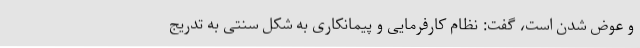
و عوض شدن است، گفت: نظام کارفرمایی و پیمانکاری به شکل سنتی به تدریج